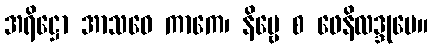
အရိဋ္ဌော အာသဝေ ကာကေ၊ နိမ္ဗေ စ ဖေနိလဒ္ဒုမေ။